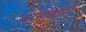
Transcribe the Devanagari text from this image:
फ़रमाबदारी